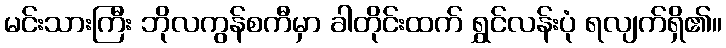
မင်းသားကြီး ဘိုလကွန်စကီမှာ ခါတိုင်းထက် ရွှင်လန်းပုံ ရလျက်ရှိ၏။